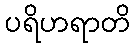
ပရိဟရာတိ